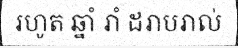
រហូត ឆ្នាំ រាំ ដរាបរាល់